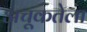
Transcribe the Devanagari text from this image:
अचूकतेला